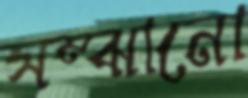
সম্‌ঝানো